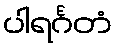
ပါရင်္ဂတံ